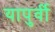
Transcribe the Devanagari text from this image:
यापुर्वी